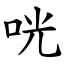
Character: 咣